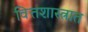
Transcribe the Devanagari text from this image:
वित्तशास्त्रात